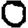
Digit: 0